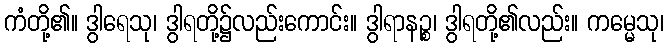
ကံတို့၏။ ဒွါရေသု၊ ဒွါရတို့၌လည်းကောင်း။ ဒွါရာနဉ္စ၊ ဒွါရတို့၏လည်း။ ကမ္မေသု၊